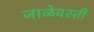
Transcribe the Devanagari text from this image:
जाळेवस्ती